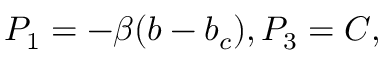
P _ { 1 } = - \beta ( b - b _ { c } ) , P _ { 3 } = C ,